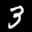
Label: 3